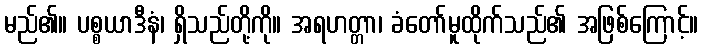
မည်၏။ ပစ္စယာဒီနံ၊ ရှိသည်တို့ကို။ အရဟတ္တာ၊ ခံတော်မူထိုက်သည်၏ အဖြစ်ကြောင့်။